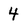
Character: 4